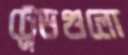
ট্রেডগুলো